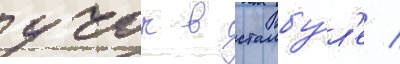
учок в стамбу́л'е /